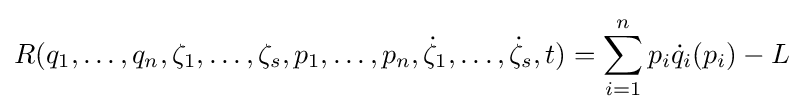
R(q_{1},\ldots ,q_{n},\zeta _{1},\ldots ,\zeta _{s},p_{1},\ldots ,p_{n},{\dot {\zeta }}_{1},\ldots ,{\dot {\zeta }}_{s},t)=\sum _{i=1}^{n}p_{i}{\dot {q}}_{i}(p_{i})-L